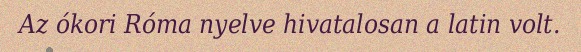
Az ókori Róma nyelve hivatalosan a latin volt.